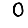
Digit: 0